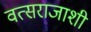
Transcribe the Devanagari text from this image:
वत्सराजाशी